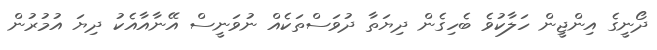
ދޯނީގެ އިންޖީން ހަލާކުވެ ބެހިގެން ދިޔަތާ ދުވަސްތަކެއް ނުވަނީސް އޭނާއާއެކު ދިޔަ އުމުރުން